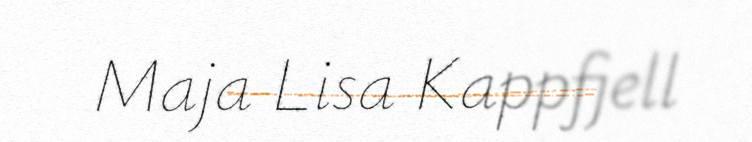
Maja Lisa Kappfjell